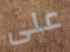
على